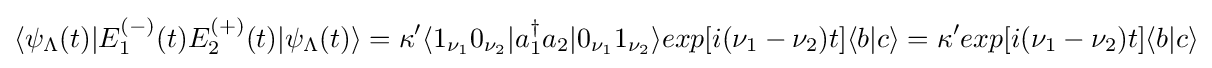
\langle \psi _{\Lambda }(t)|E_{1}^{(-)}(t)E_{2}^{(+)}(t)|\psi _{\Lambda }(t)\rangle =\kappa '\langle 1_{\nu _{1}}0_{\nu _{2}}|a_{1}^{\dagger }a_{2}|0_{\nu _{1}}1_{\nu _{2}}\rangle exp\lbrack i(\nu _{1}-\nu _{2})t\rbrack \langle b|c\rangle =\kappa 'exp\lbrack i(\nu _{1}-\nu _{2})t\rbrack \langle b|c\rangle